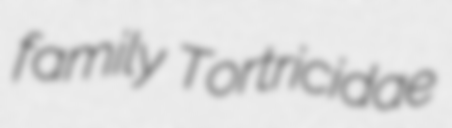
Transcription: family Tortricidae